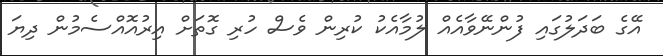
އޭގެ ބަދަލުގައި ފުންނޭވާއެއް ލުމާއެކު ކުރިން ވެސް ހުރި ގޮތަށް އިރުއޮއްސެމުން ދިޔަ